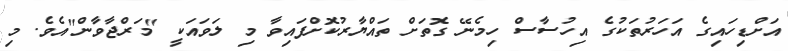
އަށްޑިހައިގެ އަހަރުތަކުގެ އިހުސާސް ހިމެނޭ ގޮތަށް ތައްޔާރުކޮށްފައިވާ މި ލަވައަކީ "މަރްޖާވާން"އެވެ. މި